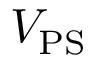
V _ { \mathrm { P S } }